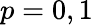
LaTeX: p=0,1